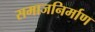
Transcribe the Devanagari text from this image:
समाजनिर्माण